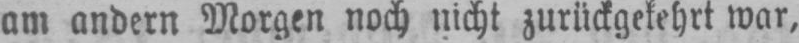
am andern Morgen noch nicht zurückgekehrt war,